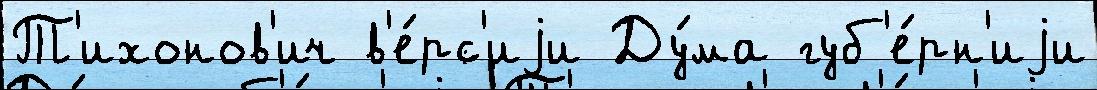
Т'ихонов'ич в'е́рс'иjи Ду́ма губ'е́рн'иjи